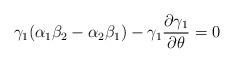
LaTeX: \begin{align*}\gamma_1(\alpha_1\beta_2-\alpha_2\beta_1)-\gamma_1\frac{\partial\gamma_1}{\partial\theta} =0\end{align*}